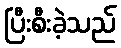
ပြီးစီးခဲ့သည်